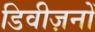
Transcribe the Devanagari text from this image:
डिवीज़नों